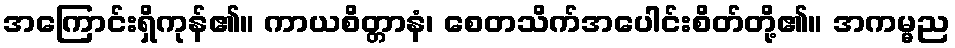
အကြောင်းရှိကုန်၏။ ကာယစိတ္တာနံ၊ စေတသိက်အပေါင်းစိတ်တို့၏။ အကမ္မည